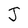
Character: J